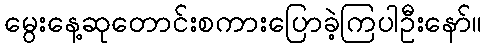
မွေးနေ့ဆုတောင်းစကားပြောခဲ့ကြပါဦးနော်။